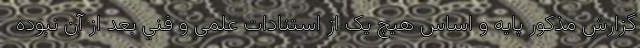
گزارش مذکور پایه و اساس هیچ یک از استنادات علمی و فني بعد از آن نبوده